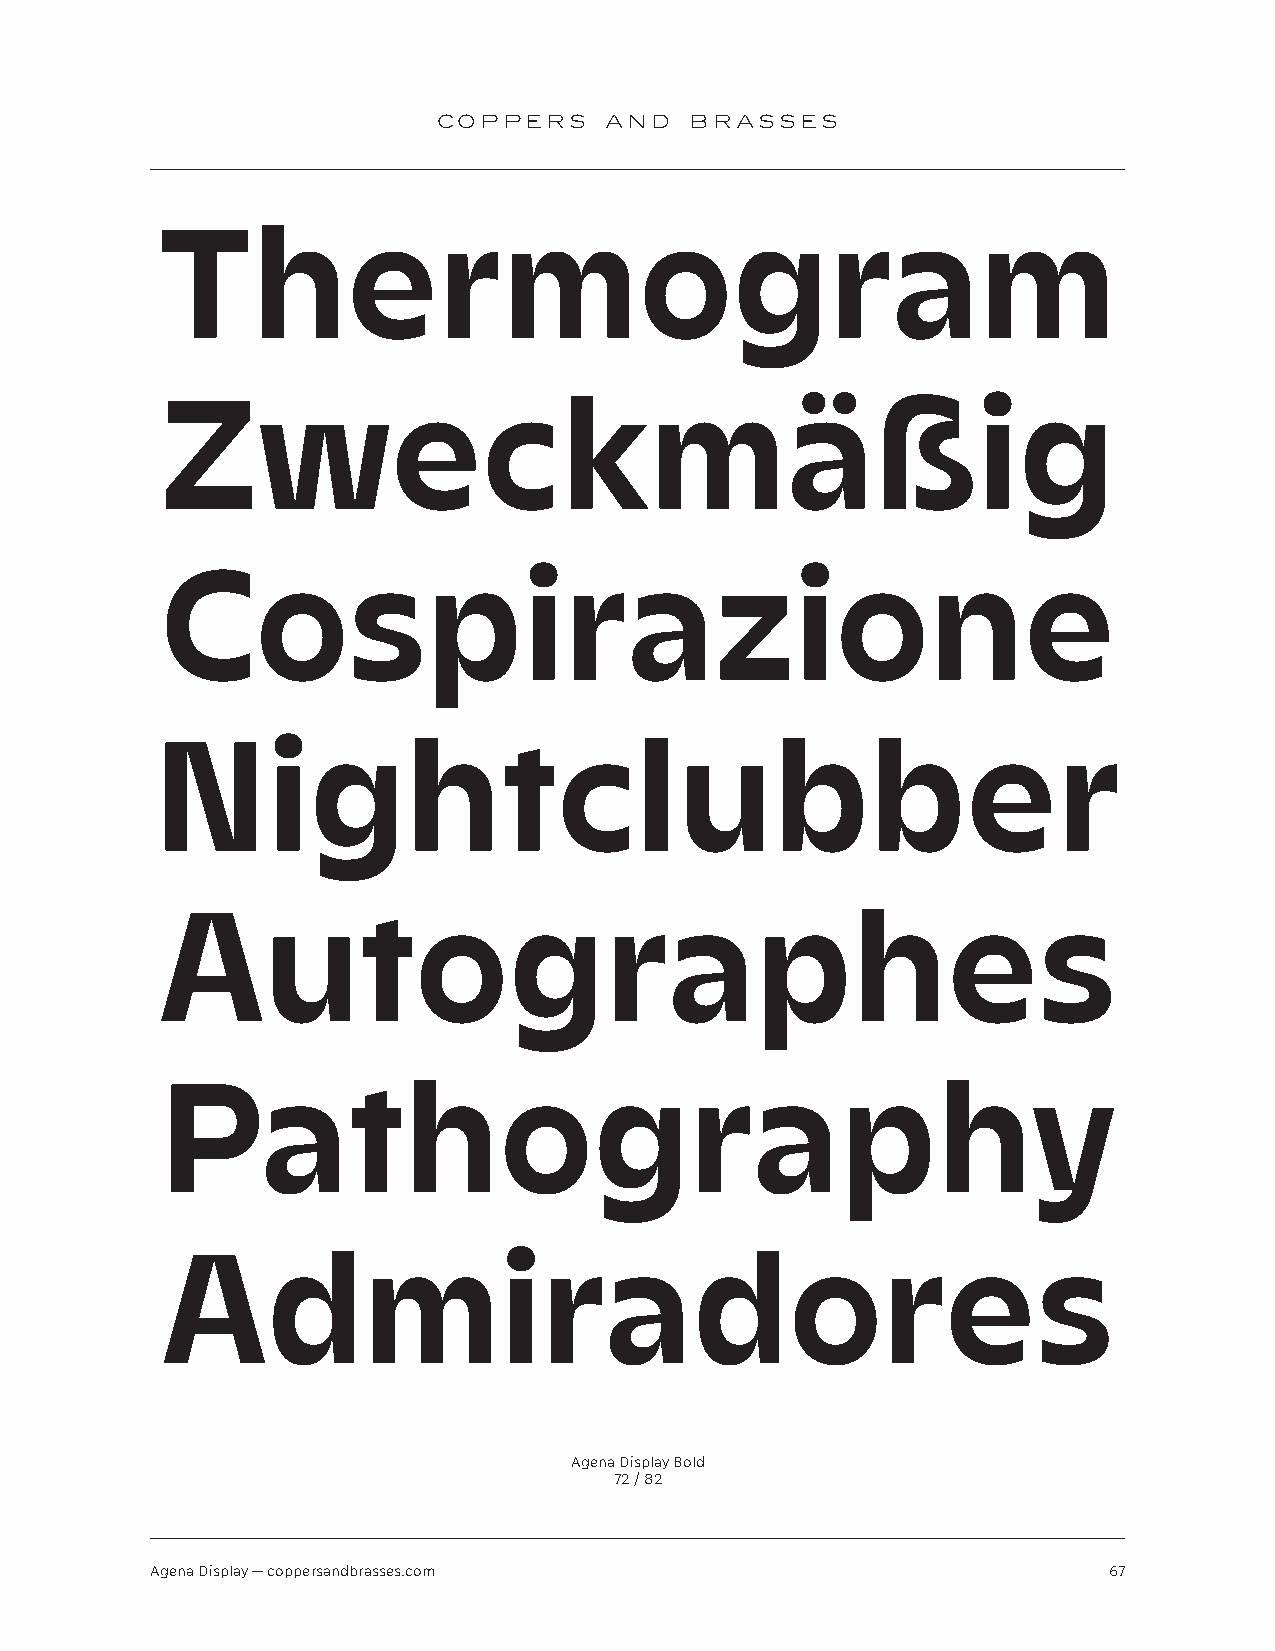
COPPERS    AND   BRASSES
 Thermogram
 Zweckmäßig
 Cospirazione
 Nightclubber
 Autographes
 Pathography
 Admiradores
 Agena Display Bold
 72 / 82
 Agena Display — coppersandbrasses.com                          67